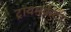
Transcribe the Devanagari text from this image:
ट्रायमफ़ेटा